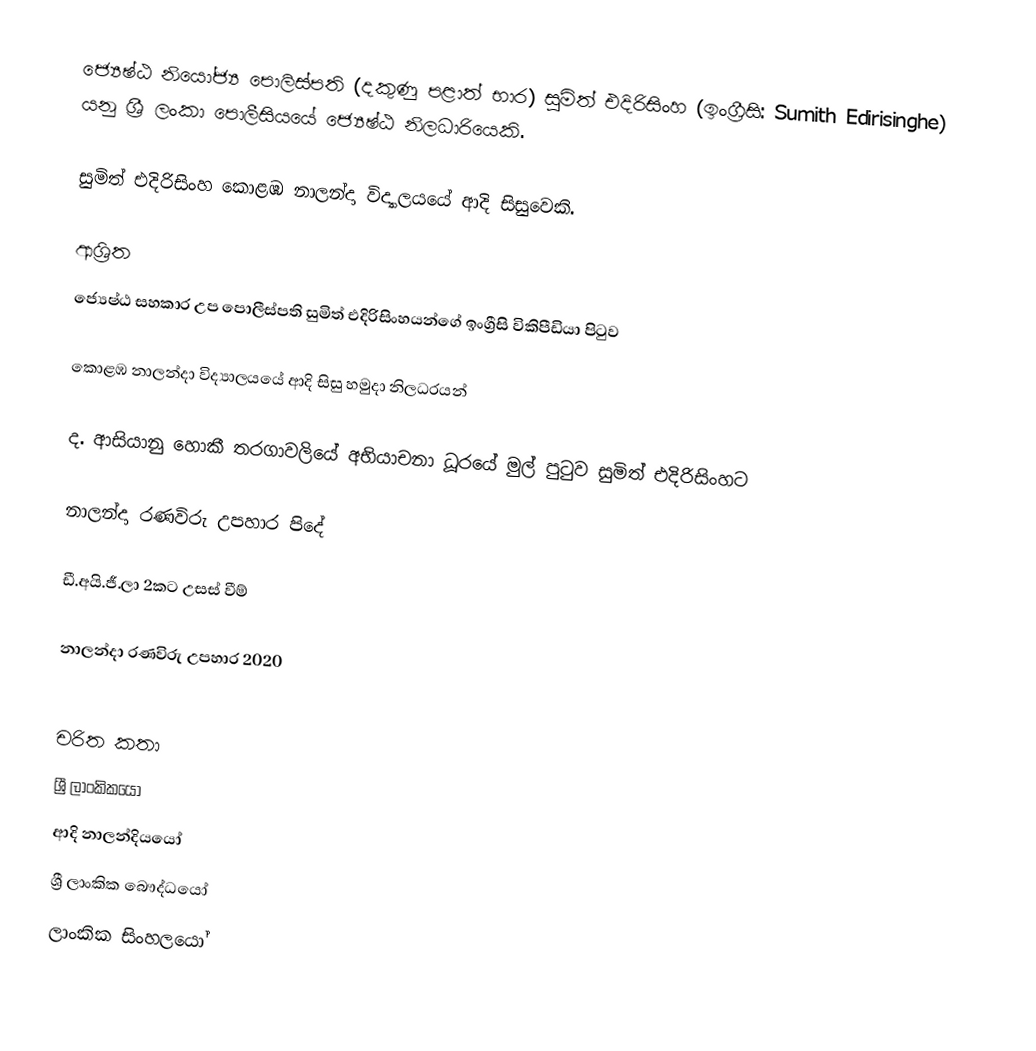
ජ්‍යෙෂ්ඨ නියෝජ්‍ය ‍පොලිස්පති (දකුණු පළාත් භාර) සුමිත් එදිරිසිංහ  (ඉංග්‍රීසි: Sumith Edirisinghe) යනු  ශ්‍රී ලංකා පොලීසියයේ ජ්‍යෙෂ්ඨ නිලධාරියෙකි.

සුමිත් එදිරිසිංහ   කොළඹ නාලන්දා විද්‍යාලයයේ ආදි සිසුවෙකි.

ආශ්‍රිත
  ජ්‍යෙෂ්ඨ සහකාර උප පොලීස්පති සුමිත් එදිරිසිංහයන්ගේ ඉංග්‍රීසි විකිපීඩියා පිටුව

 කොළඹ නාලන්දා විද්‍යාලයයේ ආදි සිසු හමුදා නිලධරයන්

 ද. ආසියානු හොකී තරගාවලියේ අභියාචනා ධූරයේ මුල් පුටුව සුමිත් එදිරිසිංහට

 නාලන්දා රණවිරු උපහාර පිදේ

 ඩී.අයි.ජී.ලා 2කට උසස් වීම්

 නාලන්දා රණවිරු උපහාර 2020

චරිත කතා
ශ්‍රී ලාංකිකයෝ
ආදි නාලන්දියයෝ
ශ්‍රී ලාංකික බෞද්ධයෝ
ලාංකික සිංහලයෝ